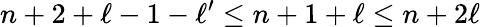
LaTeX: n+2+\ell-1-\ell^{\prime}\leq n+1+\ell\leq n+2\ell